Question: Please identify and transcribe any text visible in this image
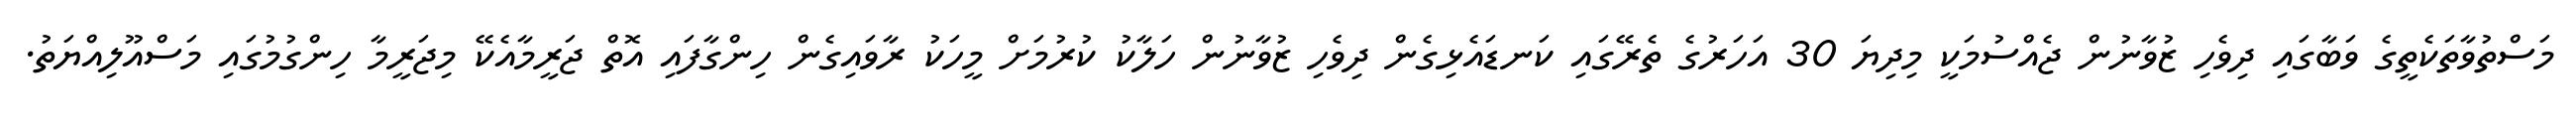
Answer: މަސްތުވާތަކެތީގެ ވަބާގައި ދިވެހި ޒުވާނުން ޖެއްސުމަކީ މިދިޔަ 30 އަހަރުގެ ތެރޭގައި ކަނޑައެޅިގެން ދިވެހި ޒުވާނުން ހަލާކު ކުރުމަށް މީހަކު ރާވައިގެން ހިންގާފައި އޮތް ޖަރީމާއެކޭ މިޖަރީމާ ހިންގުމުގައި މަސްއޫލިއްޔަތު.